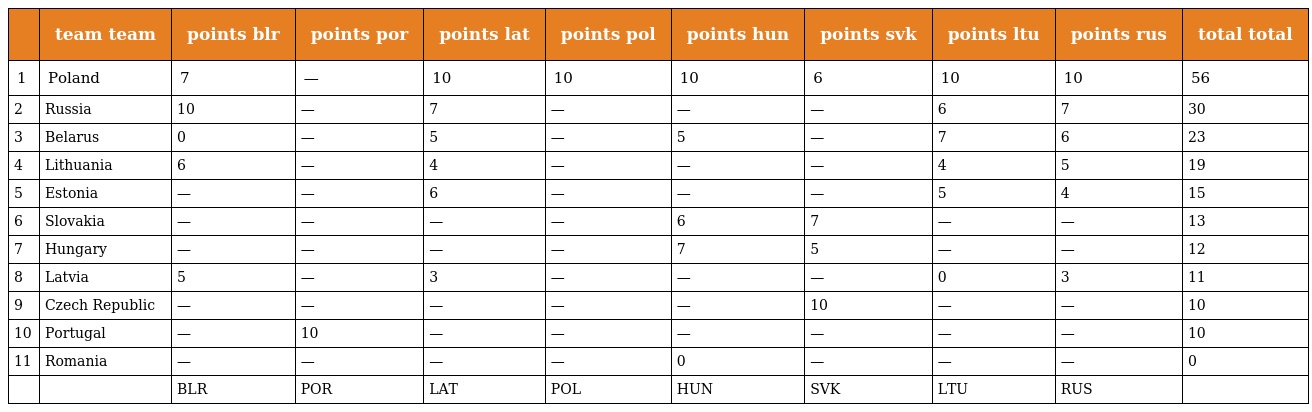
|  | team team | points blr | points por | points lat | points pol | points hun | points svk | points ltu | points rus | total total |
 | --- | --- | --- | --- | --- | --- | --- | --- | --- | --- | --- |
 | 1 | Poland | 7 | — | 10 | 10 | 10 | 6 | 10 | 10 | 56 |
 | 2 | Russia | 10 | — | 7 | — | — | — | 6 | 7 | 30 |
 | 3 | Belarus | 0 | — | 5 | — | 5 | — | 7 | 6 | 23 |
 | 4 | Lithuania | 6 | — | 4 | — | — | — | 4 | 5 | 19 |
 | 5 | Estonia | — | — | 6 | — | — | — | 5 | 4 | 15 |
 | 6 | Slovakia | — | — | — | — | 6 | 7 | — | — | 13 |
 | 7 | Hungary | — | — | — | — | 7 | 5 | — | — | 12 |
 | 8 | Latvia | 5 | — | 3 | — | — | — | 0 | 3 | 11 |
 | 9 | Czech Republic | — | — | — | — | — | 10 | — | — | 10 |
 | 10 | Portugal | — | 10 | — | — | — | — | — | — | 10 |
 | 11 | Romania | — | — | — | — | 0 | — | — | — | 0 |
 |  |  | BLR | POR | LAT | POL | HUN | SVK | LTU | RUS |  |